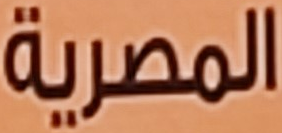
المصرية